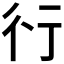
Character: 𬠽